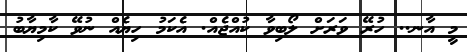
މީ އާނ.. ހުރޭ ވަރަށް ލޯބިވާ ކުއްޖެއް. އެކަމު ހިޔެއް ނުވޭ ކާމިޔާބު